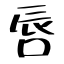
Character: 唇